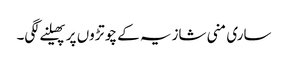
ساری منی شازیہ کے چوتڑوں پر پھیلنے لگی۔